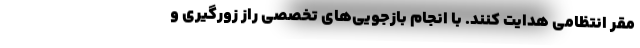
مقر انتظامی هدایت کنند. با انجام بازجویی‌های تخصصی راز زورگیری و